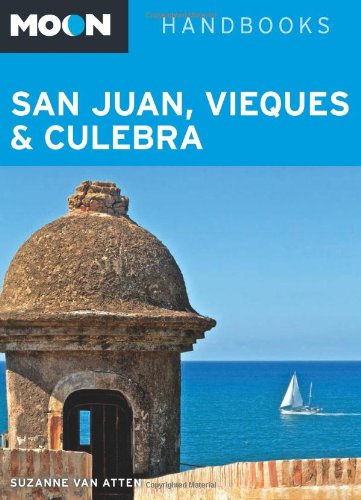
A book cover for Moon San Juan, Vieques & Culebra (Moon Handbooks); Suzanne Van Atten; Travel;